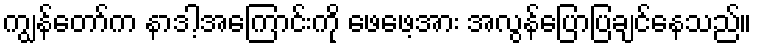
ကျွန်တော်က နာဒါ့အကြောင်းကို ဖေဖေ့အား အလွန်ပြောပြချင်နေသည်။